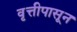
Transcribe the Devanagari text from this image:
वृत्तीपासून